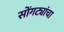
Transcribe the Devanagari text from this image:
सोंगट्यांचा